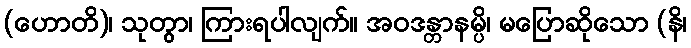
(ဟောတိ)၊ သုတွာ၊ ကြားရပါလျက်။ အဝဒန္တာနမ္ပိ၊ မပြောဆိုသော (နိ၊